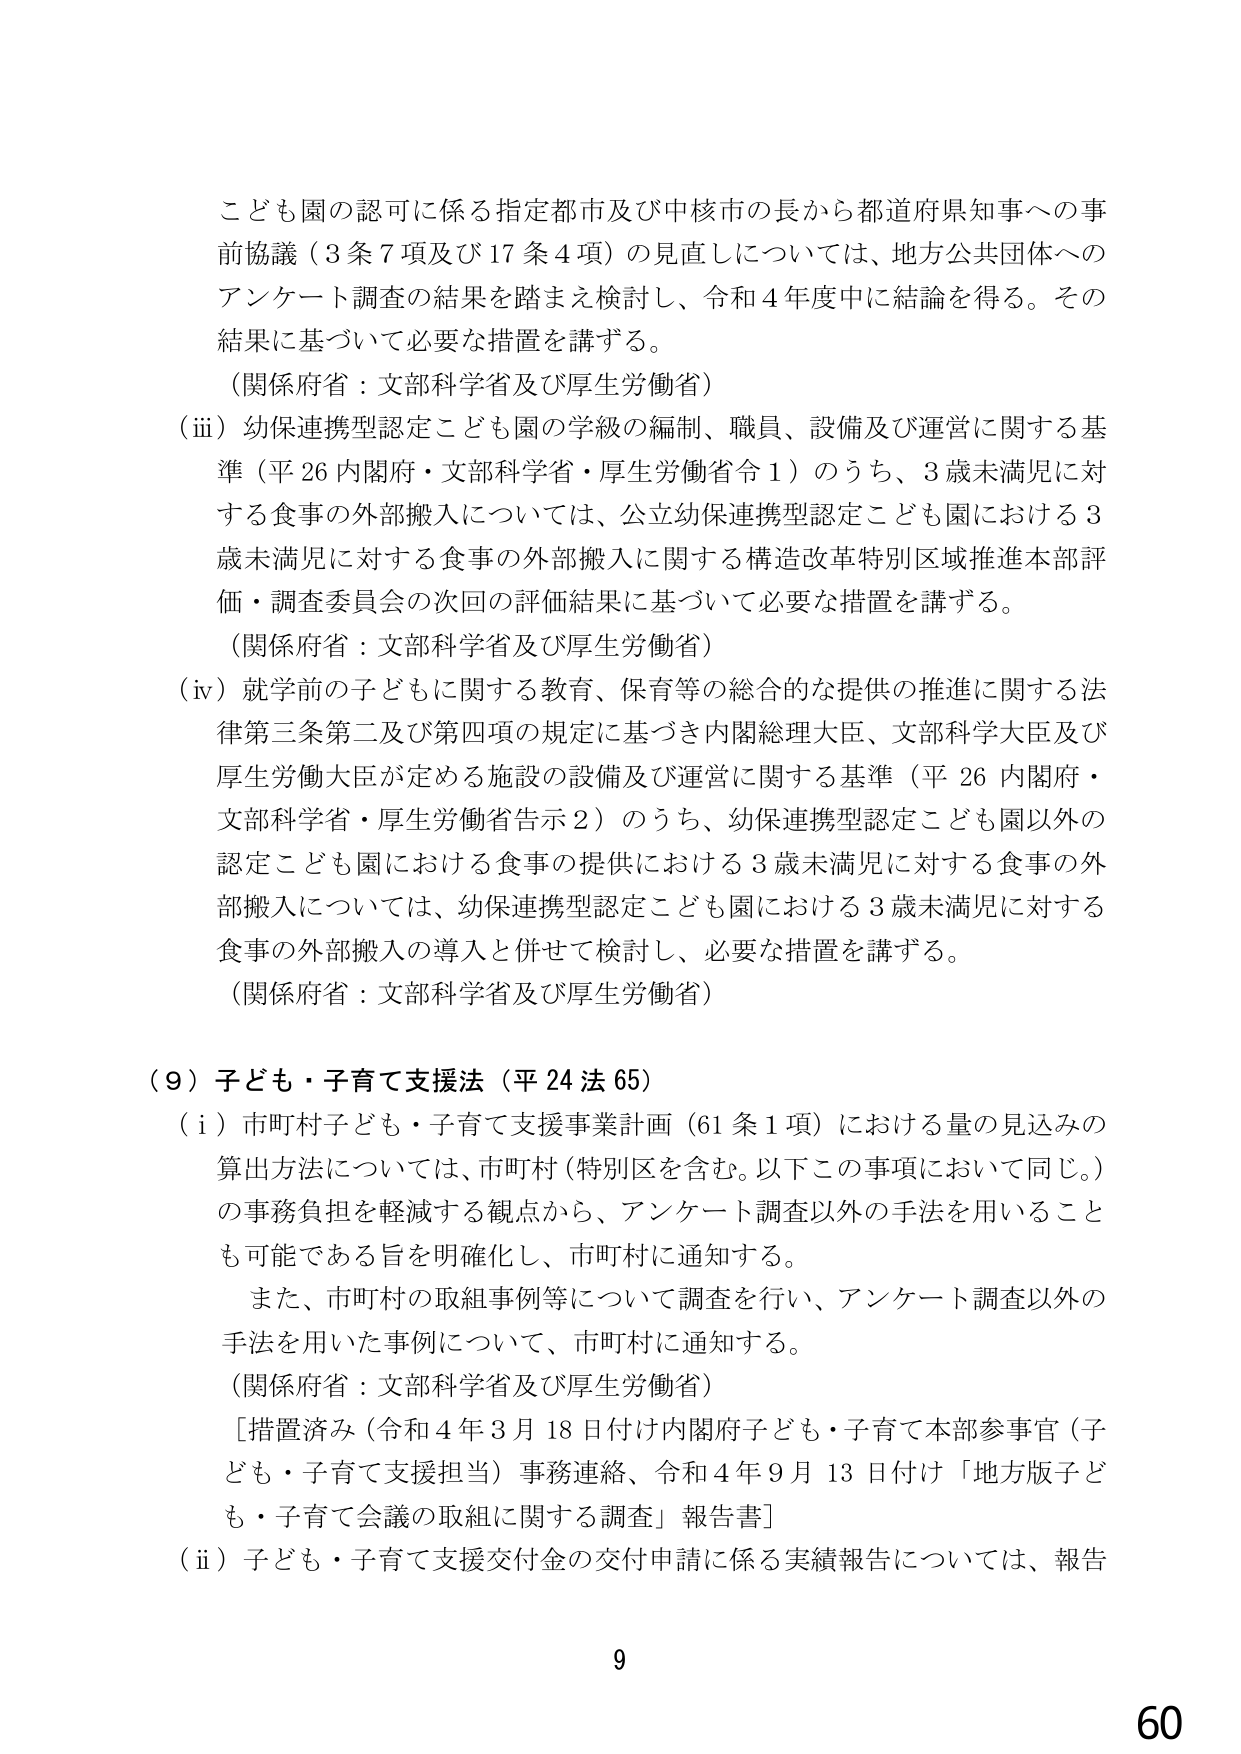
こども園の認可に係る指定都市及び中核市の長から都道府県知事への事前協議（3条7項及び17条4項）の見直しについては、地方公共団体へのアンケート調査の結果を踏まえ検討し、令和4年度中に結論を得る。その結果に基づいて必要な措置を講ずる。

（関係府省：文部科学省及び厚生労働省）

（iii）幼保連携型認定こども園の学級の編制、職員、設備及び運営に関する基準（平26内閣府・文部科学省・厚生労働省令1）のうち、3歳未満児に対する食事の外部搬入については、公立幼保連携型認定こども園における3歳未満児に対する食事の外部搬入に関する構造改革特別区域推進本部評価・調査委員会の次回の評価結果に基づいて必要な措置を講ずる。

（関係府省：文部科学省及び厚生労働省）

（iv）就学前の子どもに関する教育、保育等の総合的な提供の推進に関する法律第三条第二及び第四項の規定に基づき内閣総理大臣、文部科学大臣及び厚生労働大臣が定める施設の設備及び運営に関する基準（平26内閣府・文部科学省・厚生労働省告示2）のうち、幼保連携型認定こども園以外の認定こども園における食事の提供における3歳未満児に対する食事の外部搬入については、幼保連携型認定こども園における3歳未満児に対する食事の外部搬入の導入と併せて検討し、必要な措置を講ずる。

（関係府省：文部科学省及び厚生労働省）

（9）子ども・子育て支援法（平24法65）

（i）市町村子ども・子育て支援事業計画（61条1項）における量の見込みの算出方法については、市町村（特別区を含む。以下この事項において同じ。）の事務負担を軽減する観点から、アンケート調査以外の手法を用いることも可能である旨を明確化し、市町村に通知する。

また、市町村の取組事例等について調査を行い、アンケート調査以外の手法を用いた事例について、市町村に通知する。

（関係府省：文部科学省及び厚生労働省）

［措置済み（令和4年3月18日付け内閣府子ども・子育て本部参事官（子ども・子育て支援担当）事務連絡、令和4年9月13日付け「地方版子ども・子育て会議の取組に関する調査」報告書］

（ii）子ども・子育て支援交付金の交付申請に係る実績報告については、報告

9

60